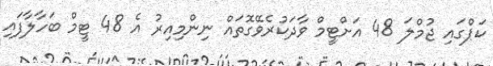
ކަޕްގައި ޖުމްލަ 48 އަށްޓީމް ވާދަކުރެވޭގޮތައް ނިންމިއިރު އެ 48 ޓީމް ބަހާލާފައި